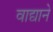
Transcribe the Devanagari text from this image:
वाद्याने